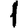
Digit: 1